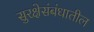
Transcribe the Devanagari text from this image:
सुरक्षेसंबंधातील